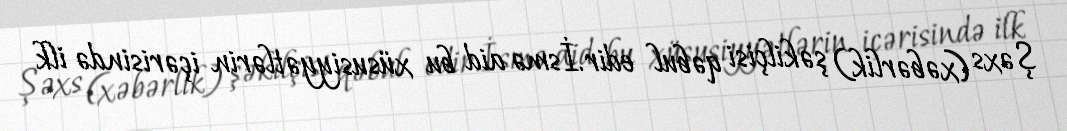
Şəxs (xəbərlik) şəkilçisi qəbul edir.İsmə aid bu xüsusiyyətlərin içərisində ilk